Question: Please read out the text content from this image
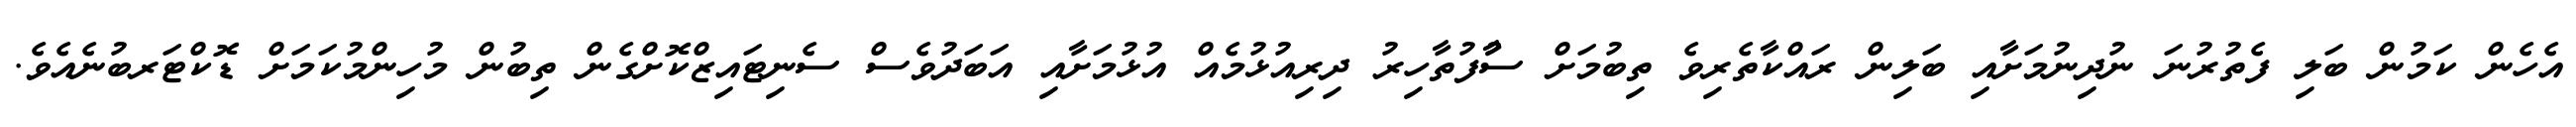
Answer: އެހެން ކަމުން ބަލި ފެތުރުނަ ނުދިނުމަށާއި ބަލިން ރައްކާތެރިވެ ތިބުމަށް ސާުފުތާހިރު ދިރިއުޅުމެއް އުޅުމަށާއި އަބަދުވެސް ސެނިޓައިޒްކޮށްގެން ތިބުން މުހިންމުކަމަށް ޑޮކްޓަރބުނެއެވެ.